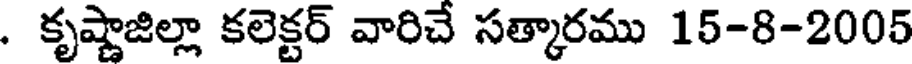
. కృష్ణాజిల్లా కలెక్టర్ వారిచే సత్కారము 15-8-2005